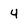
Character: 4